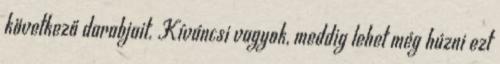
következő darabjait. Kíváncsi vagyok, meddig lehet még húzni ezt